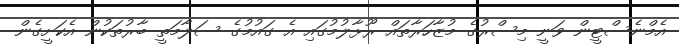
އެމްނެސްޓީން ވަނީ މިސްރުގެ މުޒާހަރާތައް ރޫޅާލުމުގައި އެ ގައުމުގެ ސަލާމަތީ ބާރުތަކުން އެކަށީގެން